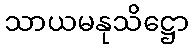
သာယမနုသိဋ္ဌော